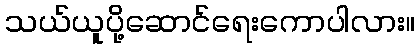
သယ်ယူပို့ဆောင်ရေးကောပါလား။